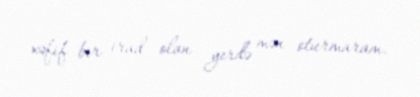
xəfif bir irad olan yerdə mən oturmaram.